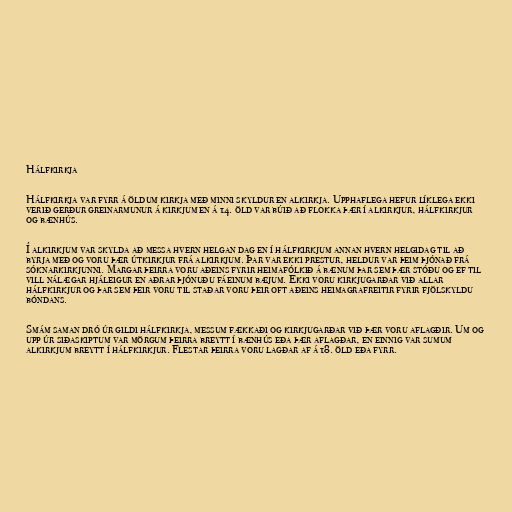
Hálfkirkja

Hálfkirkja var fyrr á öldum kirkja með minni skyldur en alkirkja. Upphaflega hefur líklega ekki
verið gerður greinarmunur á kirkjum en á 14. öld var búið að flokka þær í alkirkjur, hálfkirkjur
og bænhús.

Í alkirkjum var skylda að messa hvern helgan dag en í hálfkirkjum annan hvern helgidag til að
byrja með og voru þær útkirkjur frá alkirkjum. Þar var ekki prestur, heldur var þeim þjónað frá
sóknarkirkjunni. Margar þeirra voru aðeins fyrir heimafólkið á bænum þar sem þær stóðu og ef til
vill nálægar hjáleigur en aðrar þjónuðu fáeinum bæjum. Ekki voru kirkjugarðar við allar
hálfkirkjur og þar sem þeir voru til staðar voru þeir oft aðeins heimagrafreitir fyrir fjölskyldu
bóndans.

Smám saman dró úr gildi hálfkirkja, messum fækkaði og kirkjugarðar við þær voru aflagðir. Um og
upp úr siðaskiptum var mörgum þeirra breytt í bænhús eða þær aflagðar, en einnig var sumum
alkirkjum breytt í hálfkirkjur. Flestar þeirra voru lagðar af á 18. öld eða fyrr.